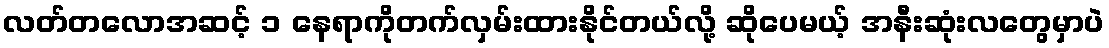
လတ်တလောအဆင့် ၁ နေရာကိုတက်လှမ်းထားနိုင်တယ်လို့ ဆိုပေမယ့် အနီးဆုံးလတွေမှာပဲ